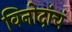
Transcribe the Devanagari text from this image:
विनोदांचं